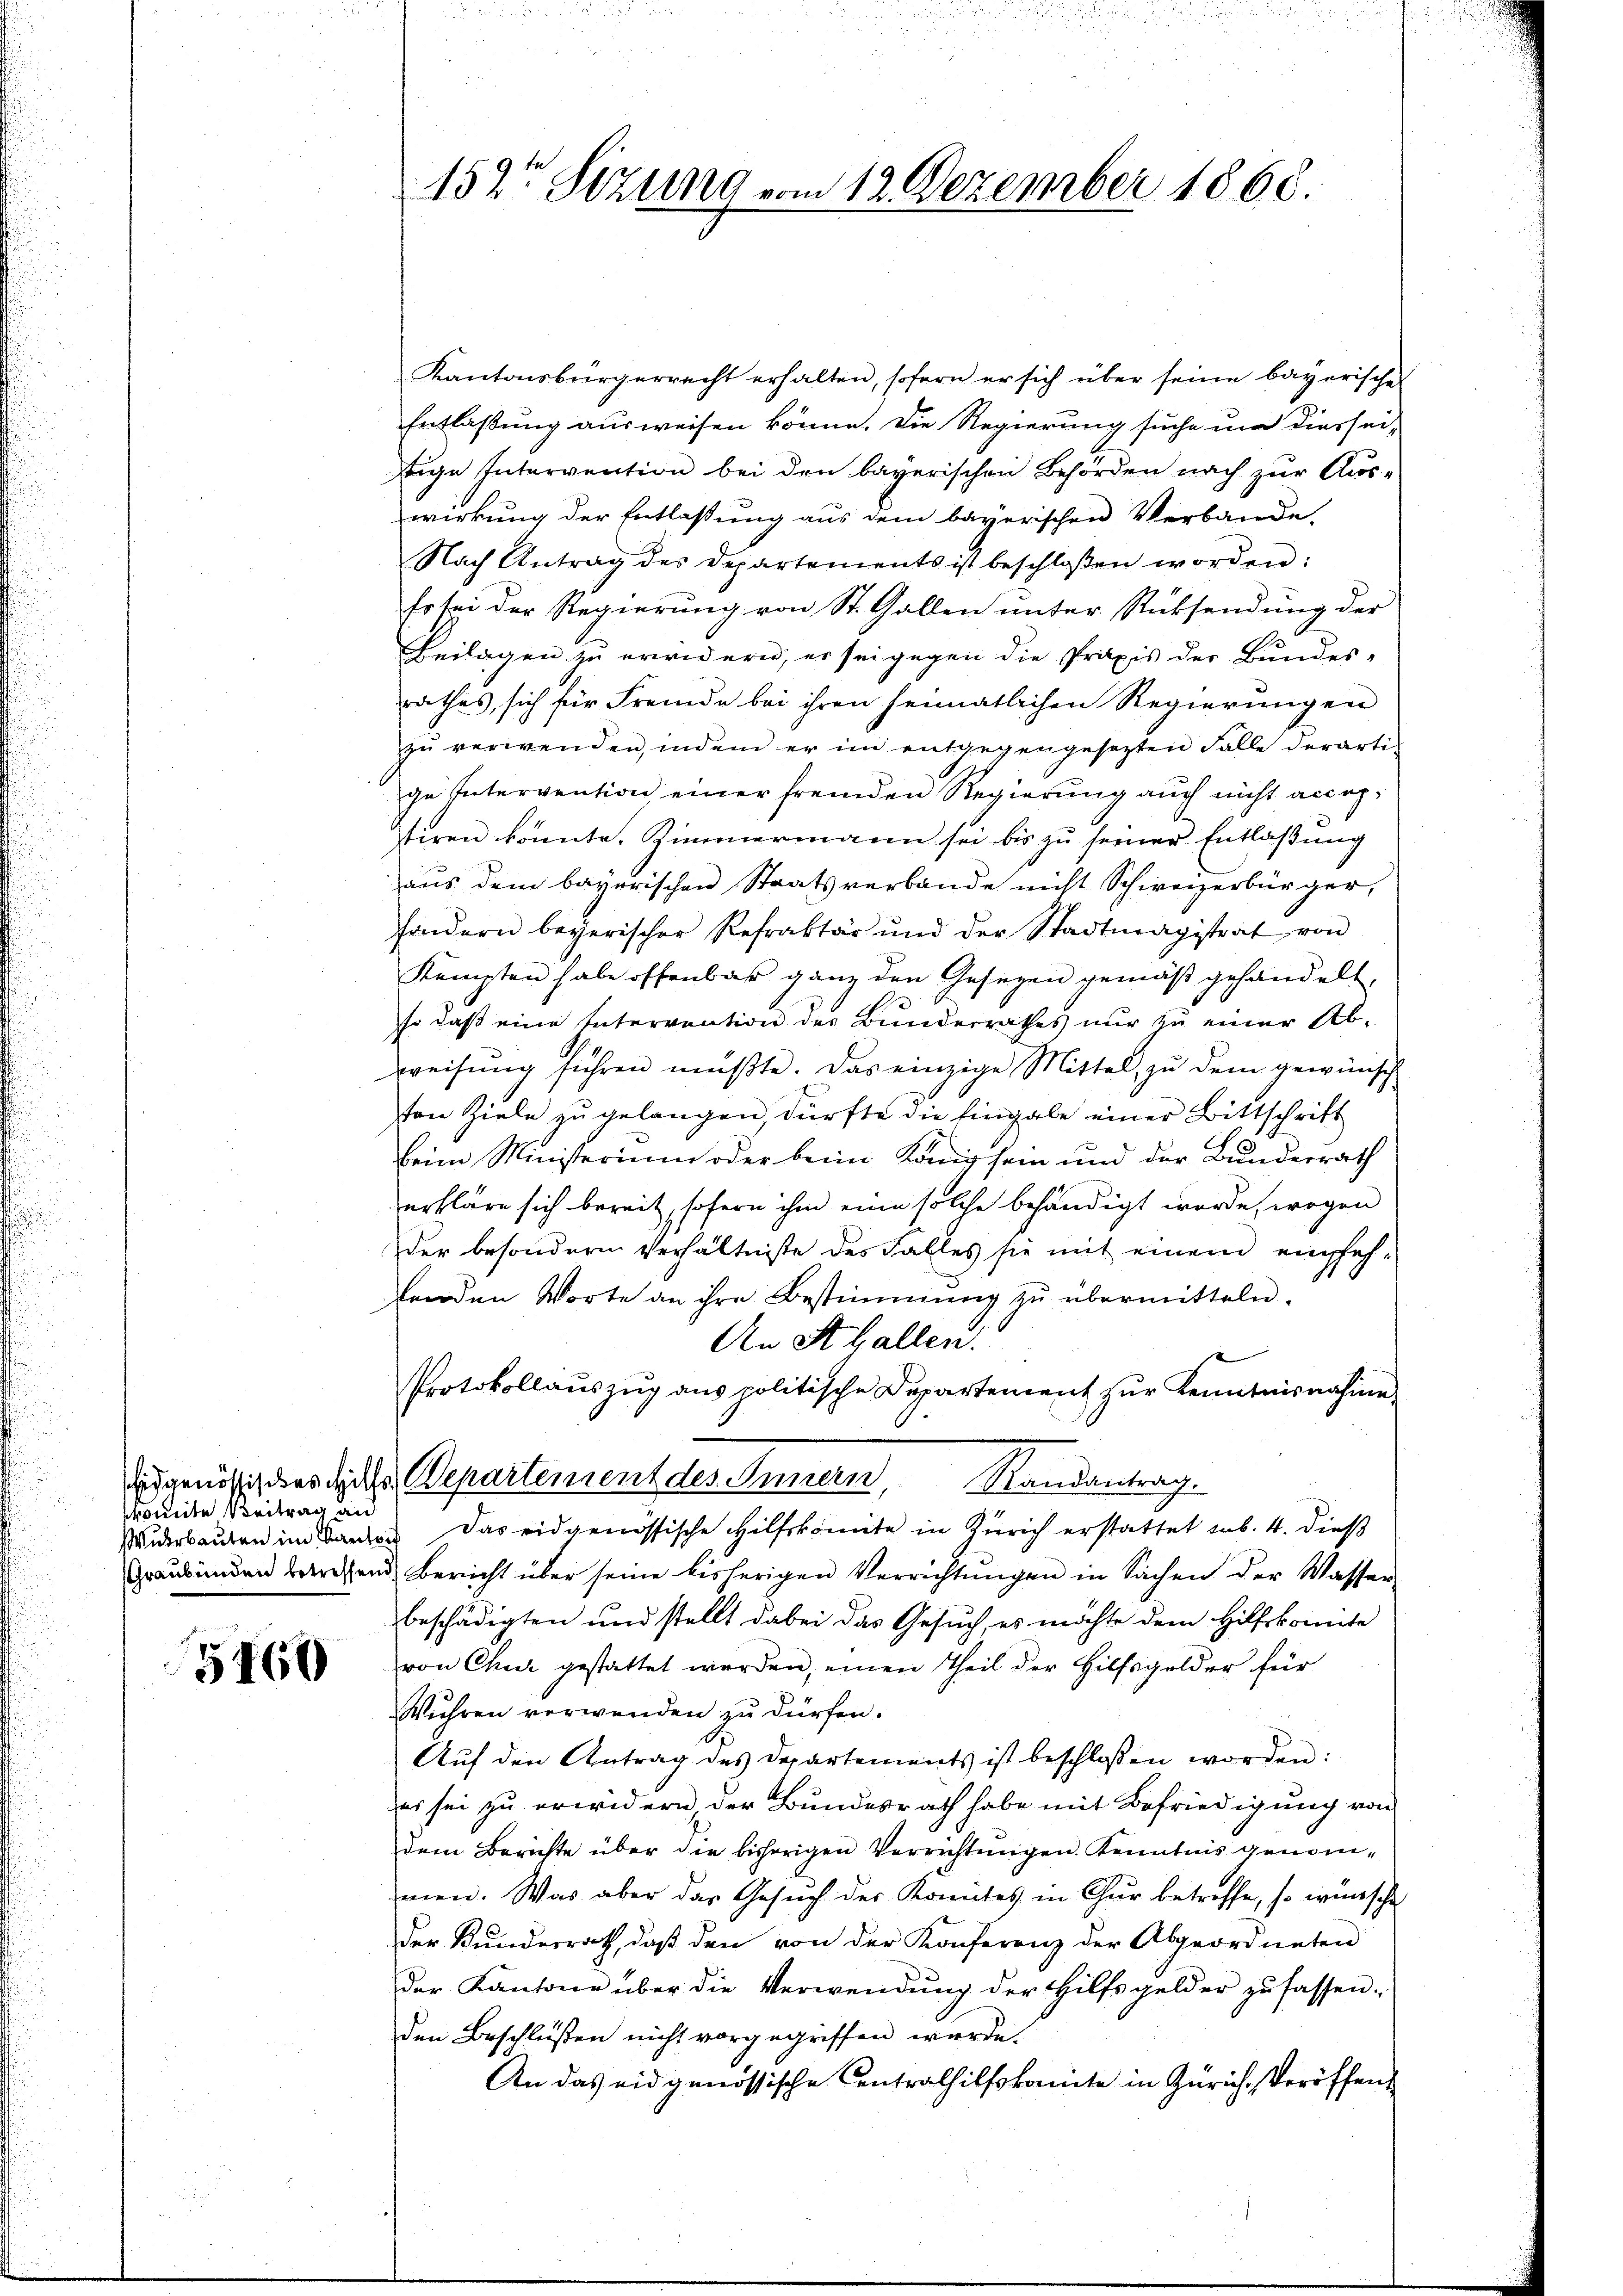
skomite Beitrag an

5760

152te Sizung vom 12. Dezember 1868.

Kantonsbürgerrecht erhalten, sofern er sich über seine bayerische
Entlaßung ausweisen könne. Die Regierung suche um diessei-
tige Intervention bei den bayerischen Behörden nach zur Aus-
wirkung der Entlaßung aus dem bayerischen Verbande,
Nach Antrag des Departements ist beschloßen worden:
Es sei der Regierung von St. Gallen unter Rücksendung der
Beilagen zu erwidern, er sei gegen die Praxis der Bundes-
rathes, sich für Fremde bei ihren heimatlichen Regierungen
zŭ verwenden, indem er im entgegengesetzten Falle derarti-
ge Intervention einer fremden Regierung auch nicht accep-
stiren könnte, Zimmermann sei bis zu seiner Entlassung
aus dem bayerischen Staatsverbande nicht Schweizerbürger,
sondern begerischer Refraktär und der Stadtmagistrat von
Kempten habe offenbar ganz den Gesetzen gemäß gehandelt,
so daß eine Intervention des Bunderrathes nur zu einer Ab-
weisŭng führen müβte. Das einzige Mittel zu dem gewünsch
von Ziele zu gelangen, dürfte die Eingabe einer Bittschrift
beim Ministerium oder beim König sein und der Bundesrath
erkläre sich bereit, sofern ihm eine solche behändigt werde, wegen
der besondern Verhältniße des Falles sie mit einem empfehenden Worte an ihre Bestimmung zŭ übermitteln.
An St. Gallen.
Protokollaŭszŭg ans politische Departement zŭr Kenntnisnahme
Todgenössig des Rathe Departement des Innern, Randantrag.
Widerbauten im an das eidgenössische Hilfskomite in Zürich erstattet sub. 4. dieß
Graubünden verehend Bericht über seine bisherigen Verrichtŭngen in Sachen der Wasser-
beschädigten und stellt dabei das Gesuch, es möchte dem Hilfskomite
von Chur gestattet werden, einen Theil der Hilfsgelder für
Wühren verwenden zu dürfen.
Auf den Antrag des Departements ist beschlossen worden:
es sei zu erwidern der Bundesrath habe mit Befriedigung von
dem Berichte über die bisherigen Verrichtungen. Kenntnis genommen. Was aber das Gesuch des Komites in Chur betreffe, so wünsche
der Kundesrath, daβ den von der Konferenz der Abgeordneten
der Kantone über die Verwendung der Hilfsgelder zufassen-
den Beschlüßen nicht vorgegriffen wurde
An das eidgenössische Centrathilfskomite in Zürich, Veröffen